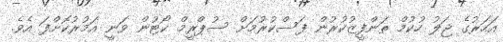
އަހަރުގެ ޖަލު ހުކުމް ތަންފީޒުކުރުން ފަސްކުރުމަށް ސުޕްރީމް ކޯޓުން ވަނީ އަމުރުކޮށްފަ އެވެ.